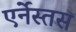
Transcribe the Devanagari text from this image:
एर्नेस्तस